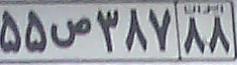
۵۵ص۳۸۷۸۸